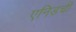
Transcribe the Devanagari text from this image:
एनिडची